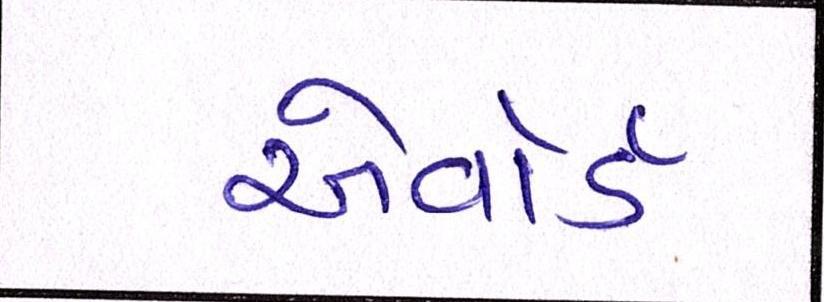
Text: એવૉર્ડ